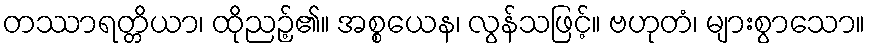
တဿာရတ္တိယာ၊ ထိုညဉ့်၏။ အစ္စယေန၊ လွန်သဖြင့်။ ဗဟုတံ၊ များစွာသော။